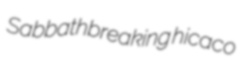
Sabbathbreaking hicaco